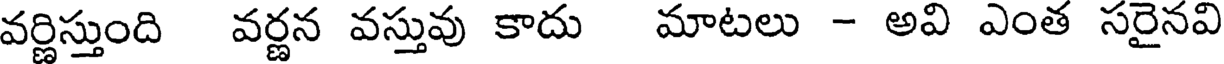
వర్ణిస్తుంది వర్ణన వస్తువు కాదు మాటలు - అవి ఎంత సరైనవి